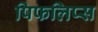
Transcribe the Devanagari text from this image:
पिफलिप्स